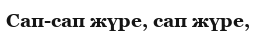
Сап-сап жүре, сап жүре,